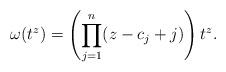
LaTeX: \begin{align*}\omega(t^z)=\left(\prod_{j=1}^{n} (z-c_j+j) \right) t^z.\end{align*}